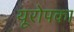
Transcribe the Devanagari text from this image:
यूरोपका